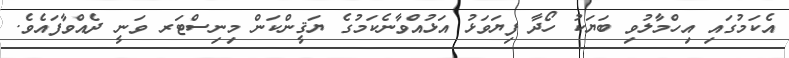
އެކަމުގައި އިހްމާލުވި ބަޔަކު ހޯދާ ފިޔަވަޅު އަޅުއްވާނެކަމުގެ ޔަޤީންކަން މިނިސްޓަރ ވަނީ ދެއްވާފައެވެ.